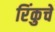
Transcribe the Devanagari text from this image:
रिंकुचे